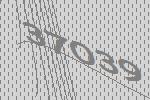
37039